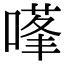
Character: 𭊊